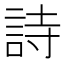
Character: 詩